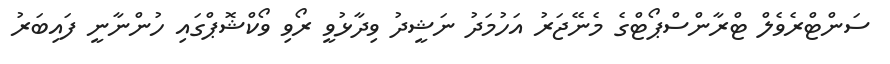
ސަންޓްރެވެލް ޓްރާންސްޕޯޓްގެ މެނޭޖަރު އަހުމަދު ނަޝީދު ވިދާޅުވީ ރޯވި ވޯކްޝޮޕްގައި ހުންނާނީ ފައިބަރު